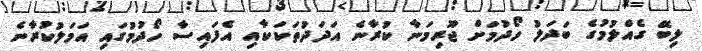
ލިބޭ ގެއްލުމުގެ ބަދަލު ހޯދުމަށް ޖޫރިމަނާ ކުރާނެ އަދަދުތަކަކާއި އެފައިސާ ހޯދުމުގައި އަމަލުކުރާނެ